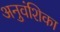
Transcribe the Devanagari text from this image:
अनुवंशिका